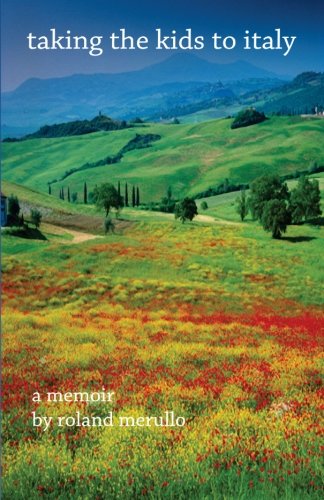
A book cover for Taking the Kids to Italy; Roland Merullo; Travel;